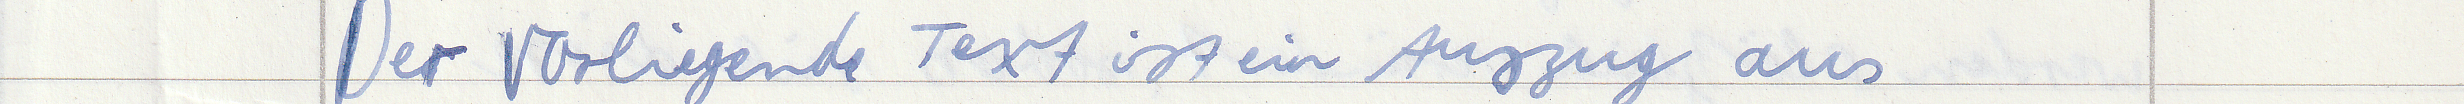
Der vorliegende Text ist ein Auszug aus